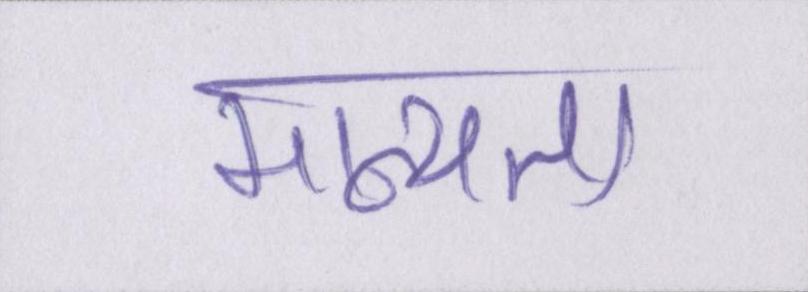
मान्यता